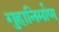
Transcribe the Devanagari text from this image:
गुहानिर्माण